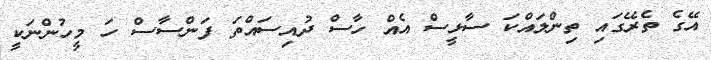
އޭގެ ތެރޭގައި ތިންލައްކަ ސާޅީސް އެއް ހާސް ދުއިސައްތަ ފަންސާސް ހަ މީހުންނަކީ